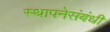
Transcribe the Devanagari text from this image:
स्थापनेसंबंधी